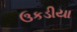
ઉકડીયા